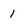
Character: 1